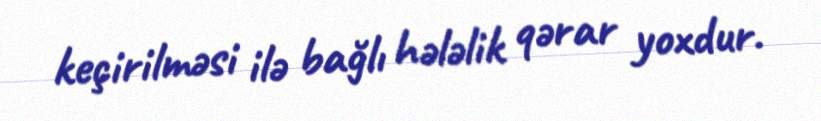
keçirilməsi ilə bağlı hələlik qərar yoxdur.